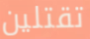
تقتلين